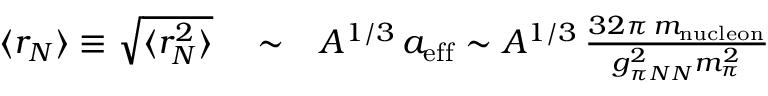
\begin{array} { r l r } { \langle r _ { N } \rangle \equiv \sqrt { \langle r _ { N } ^ { 2 } \rangle } } & { { } \sim } & { A ^ { 1 / 3 } \, a _ { \mathrm { e f f } } \sim A ^ { 1 / 3 } \, \frac { 3 2 \pi \, m _ { \mathrm { n u c l e o n } } } { g _ { \pi N N } ^ { 2 } m _ { \pi } ^ { 2 } } } \end{array}